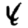
Digit: 4